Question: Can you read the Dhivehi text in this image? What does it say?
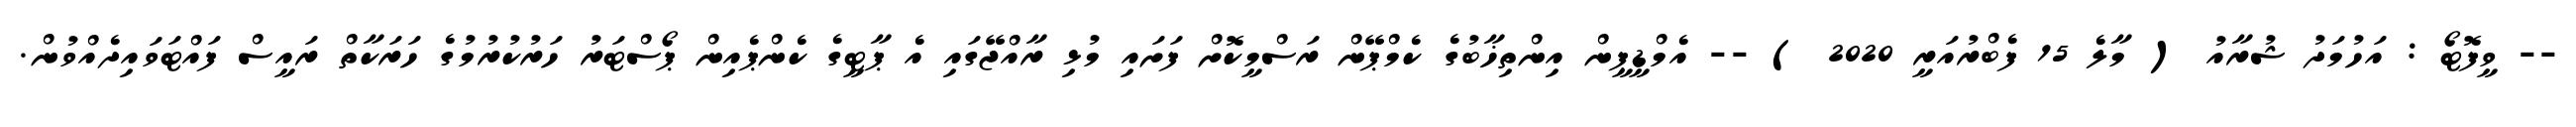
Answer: -- ވީފޮޓޯ : އަހުމަދު ޝުރާއު ( މާލެ 15 ފެބްރުއަރީ 2020 ) -- އެމްޑީޕީން އިންތިޚާބުގެ ކެމްޕޭން ރަސްމީކޮށް ފަށައި މުޅި ރާއްޖޭގައި އެ ޕާޓީގެ ކެންޕެއިން ޕޯސްޓަރު ހަރުކުރުމުގެ ހަރަކާތް ރައީސް ފައްޓަވައިދެއްވުން.